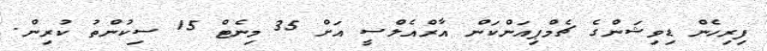
ފިރިހެން ޑިވިޝަންގެ ޗެމްޕިއަންކަން އާރްއެލްސީ އަށް 35 މިނެޓް 15 ސިކުންތު ކުރިން.